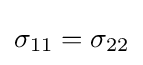
\sigma _{11}=\sigma _{22}